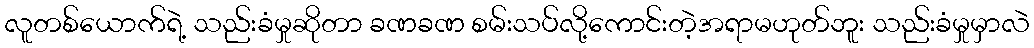
လူတစ်ယောက်ရဲ့ သည်းခံမှုဆိုတာ ခဏခဏ စမ်းသပ်လို့ကောင်းတဲ့အရာမဟုတ်ဘူး သည်းခံမှုမှာလဲ